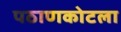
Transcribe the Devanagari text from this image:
पठाणकोटला